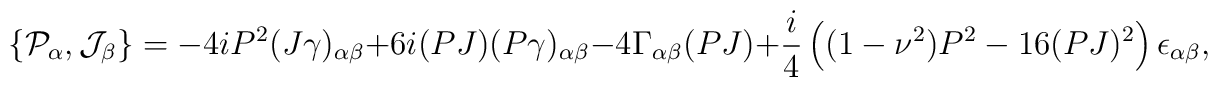
\{{\cal P}_\alpha,{\cal J}_\beta\}=-4iP^2(J\gamma)_{\alpha\beta}+6i(PJ)(P\gamma)_{\alpha\beta}-4\Gamma_{\alpha\beta}(PJ)+\frac{i}{4}\left((1-\nu^2)P^2-16(PJ)^2\right)\epsilon_{\alpha\beta},